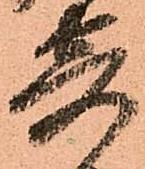
寄